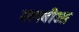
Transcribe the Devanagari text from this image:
मलवीआ